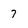
Character: 7